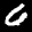
Label: 6